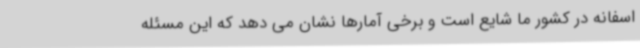
اسفانه در کشور ما شایع است و برخی آمارها نشان می دهد که این مسئله